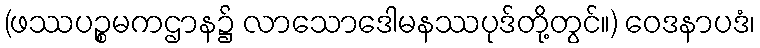
(ဖဿပဉ္စမကဌာန၌ လာသောဒေါမနဿပုဒ်တို့တွင်။) ဝေဒနာပဒံ၊